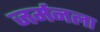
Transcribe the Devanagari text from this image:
जर्मनला